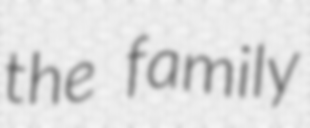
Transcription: the family